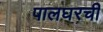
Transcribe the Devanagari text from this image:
पालघरची